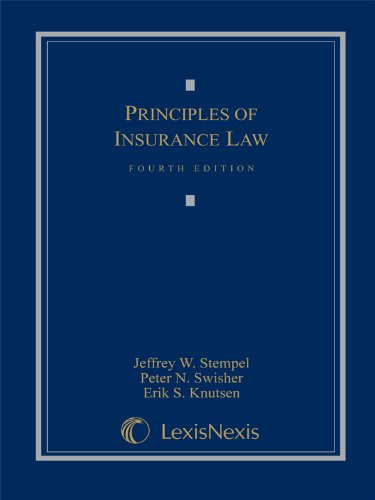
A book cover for Principles of Insurance Law; Emeric Fischer; Law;